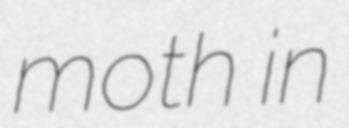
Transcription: moth in